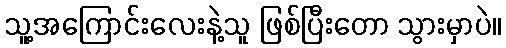
သူ့အကြောင်းလေးနဲ့သူ ဖြစ်ပြီးတော သွားမှာပဲ။